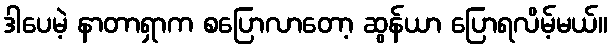
ဒါပေမဲ့ နာတာရှာက စပြောလာတော့ ဆွန်ယာ ပြောရလိမ့်မယ်။